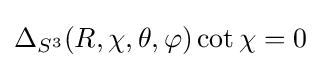
\Delta _{S^{3}}(R,\chi ,\theta ,\varphi )\cot \chi =0